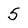
Character: 5